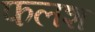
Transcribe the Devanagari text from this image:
फलश